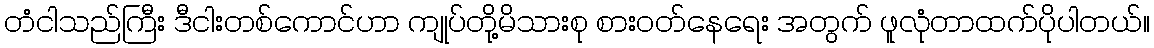
တံငါသည်ကြီး ဒီငါးတစ်ကောင်ဟာ ကျုပ်တို့မိသားစု စားဝတ်နေရေး အတွက် ဖူလုံတာထက်ပိုပါတယ်။